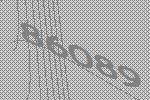
86089